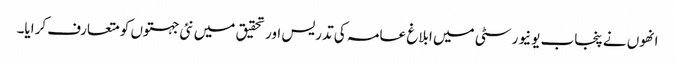
انھوں نے پنجاب یونیورسٹی میں ابلاغ عامہ کی تدریس اور تحقیق میں نئی جہتوں کو متعارف کرایا۔